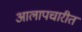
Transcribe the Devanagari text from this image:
आलापचारीत